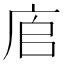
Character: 㢂